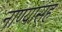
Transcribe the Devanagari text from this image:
नाण्यासह